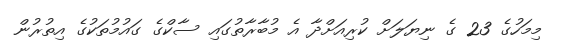
މިމަހުގެ 23 ގެ ނިޔަލަށް ކުރިއަށްދާ އެ މުބާރާތުގައި ސާކްގެ ގައުމުތަކުގެ އިތުރުން